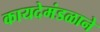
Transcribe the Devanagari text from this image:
कायदेमंडळाने